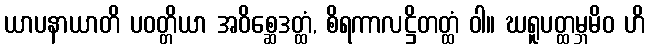
ယာပနာယာတိ ပဝတ္တိယာ အဝိစ္ဆေဒတ္ထံ, စိရကာလဋ္ဌိတတ္ထံ ဝါ။ ဃရူပတ္ထမ္ဘမိဝ ဟိ